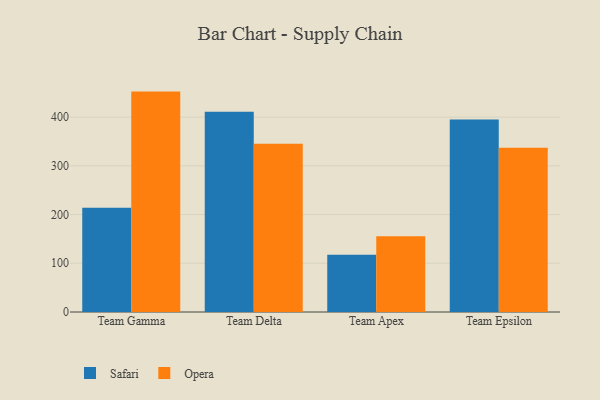
{"axis": {"x": "Team", "y": "Churn Rate (%)"}, "legend": ["Opera", "Safari"], "data": [{"x": "Team Gamma", "y": 214.0, "type": "Safari"}, {"x": "Team Gamma", "y": 452.3, "type": "Opera"}, {"x": "Team Delta", "y": 411.2, "type": "Safari"}, {"x": "Team Delta", "y": 345.5, "type": "Opera"}, {"x": "Team Apex", "y": 117.5, "type": "Safari"}, {"x": "Team Apex", "y": 155.3, "type": "Opera"}, {"x": "Team Epsilon", "y": 395.1, "type": "Safari"}, {"x": "Team Epsilon", "y": 337.3, "type": "Opera"}]}